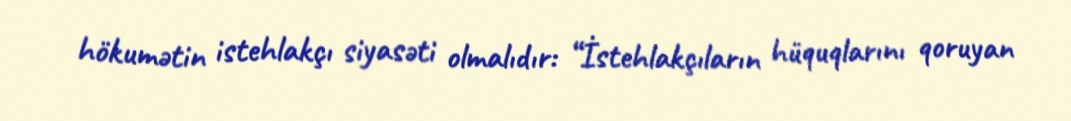
hökumətin istehlakçı siyasəti olmalıdır: “İstehlakçıların hüquqlarını qoruyan